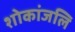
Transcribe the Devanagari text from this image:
शोकांजलि